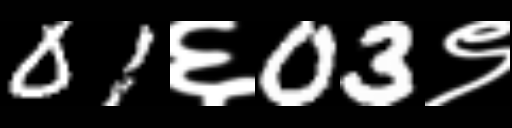
Text: 01६03९